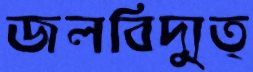
জলবিদ্যুত্